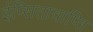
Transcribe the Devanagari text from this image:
ईप्सितावाप्ति